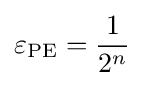
\varepsilon _{\text{PE}}={\frac {1}{2^{n}}}